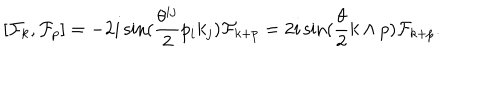
[ { \cal F } _ { k } , { \cal F } _ { p } ] = - 2 i \sin ( \frac { \theta ^ { i j } } { 2 } p _ { i } k _ { j } ) { \cal F } _ { k + p } = 2 i \sin ( \frac { \theta } { 2 } k \wedge p ) { \cal F } _ { k + p } .